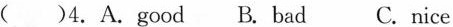
()4.A.Good B. Bad C.Nice